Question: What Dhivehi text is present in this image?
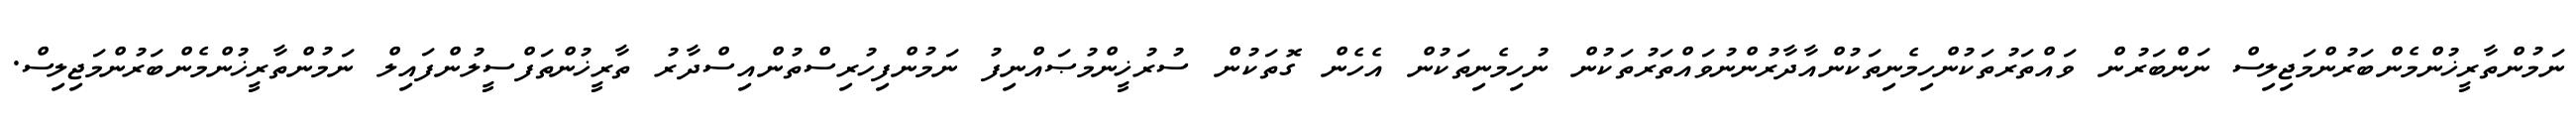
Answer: ނަމުންތާރީޚުންމެންބަރުންމަޖިލިސް ނަންބަރުން ވައްތަރުތަކުންހިމެނިތަކުންއާދާރުންނުވައްތަރުތަކުން ނުހިމެނިތަކުން އެހެން ގޮތަކުން ސުރުޚީންމުޞައްނިފު ނަމުންފިހުރިސްތުންއިސްދާރު ތާރީޚުންތަފްސީލުންފައިލް ނަމުންތާރީޚުންމެންބަރުންމަޖިލިސް.